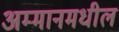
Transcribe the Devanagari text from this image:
अम्मानमधील